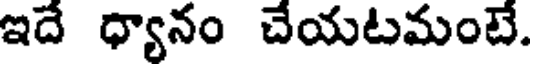
ఇదే ధ్యానం చేయటమంటే.